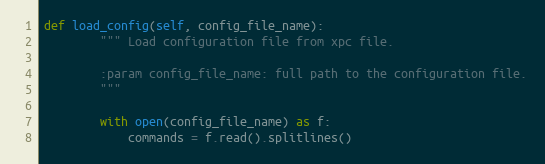
Language: Python
def load_config(self, config_file_name):
        """ Load configuration file from xpc file.

        :param config_file_name: full path to the configuration file.
        """

        with open(config_file_name) as f:
            commands = f.read().splitlines()